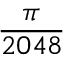
\frac { \pi } { 2 0 4 8 }